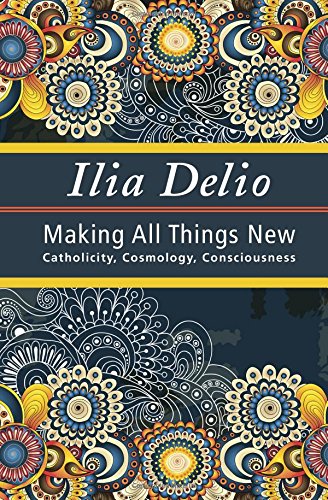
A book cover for Making All Things New: Catholicity, Cosmology, Consciousness (Catholicity in an Evolving Universe) (Catholicity in an Evolving Universerel102000); Ilia Delio; Christian Books & Bibles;